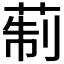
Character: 𦲟